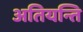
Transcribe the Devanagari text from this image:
अतियन्ति